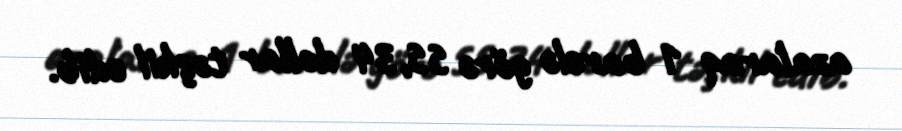
azalaraq 1 barelə görə 55,34 dollar təşkil edib.